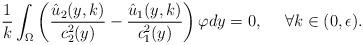
LaTeX: \begin{align*}\frac{1}{k} \int_{\Omega} \left( \frac{\hat{u}_2(y,k)}{c_2^2(y)}-\frac{\hat{u}_1(y,k)}{c_1^2(y)} \right) \varphi dy=0, \ \ \ \ \forall k\in (0,\epsilon). \end{align*}